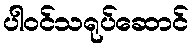
ပါဝင်သရုပ်ဆောင်